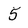
Character: 5